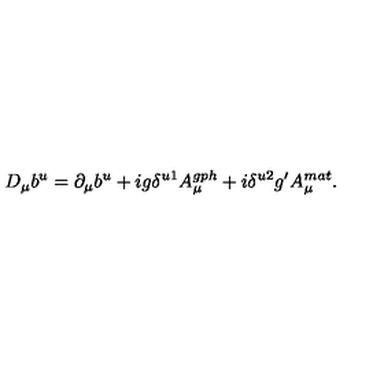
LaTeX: D _ { \mu } b ^ { u } = \partial _ { \mu } b ^ { u } + i g \delta ^ { u 1 } A _ { \mu } ^ { g p h } + i \delta ^ { u 2 } g ^ { \prime } A _ { \mu } ^ { m a t } .